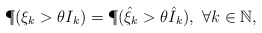
\begin{align*}\P(\xi_k>\theta I_k)=\P(\hat{\xi}_k>\theta \hat{I}_k),~\forall k\in\mathbb{N},\end{align*}